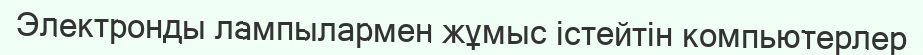
Электронды лампылармен жұмыс істейтін компьютерлер